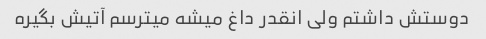
دوستش داشتم ولی انقدر داغ میشه میترسم آتیش بگیره